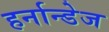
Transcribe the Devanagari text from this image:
हर्नान्डेज